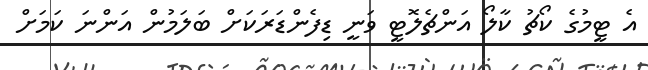
އެ ޓީމުގެ ކޯޗު ކާލޯ އަންޗެލޮޓީ ވަނީ ޑިފެންޑަރަކަށް ބަލަމުން އަންނަ ކަމަށް